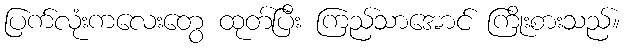
ပြက်လုံးကလေးတွေ ထုတ်ပြီး ကြည်သာအောင် ကြိုးစားသည်။